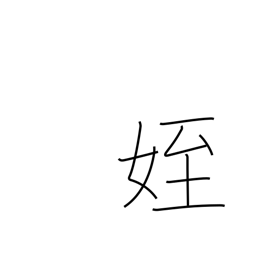
Meaning: niece